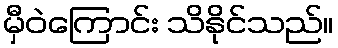
မှီဝဲကြောင်း သိနိုင်သည်။